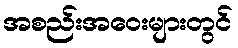
အစည်းအဝေးများတွင်